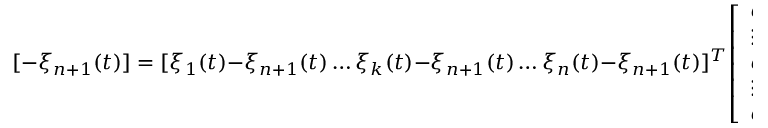
[ - \xi _ { n + 1 } ( t ) ] = [ \xi _ { 1 } ( t ) - \xi _ { n + 1 } ( t ) \dots \xi _ { k } ( t ) - \xi _ { n + 1 } ( t ) \dots \xi _ { n } ( t ) - \xi _ { n + 1 } ( t ) ] ^ { T } { \left[ \begin{array} { l } { \alpha _ { 1 } ( t ) } \\ { \vdots } \\ { \alpha _ { k } ( t ) } \\ { \vdots } \\ { \alpha _ { n } ( t ) } \end{array} \right] }